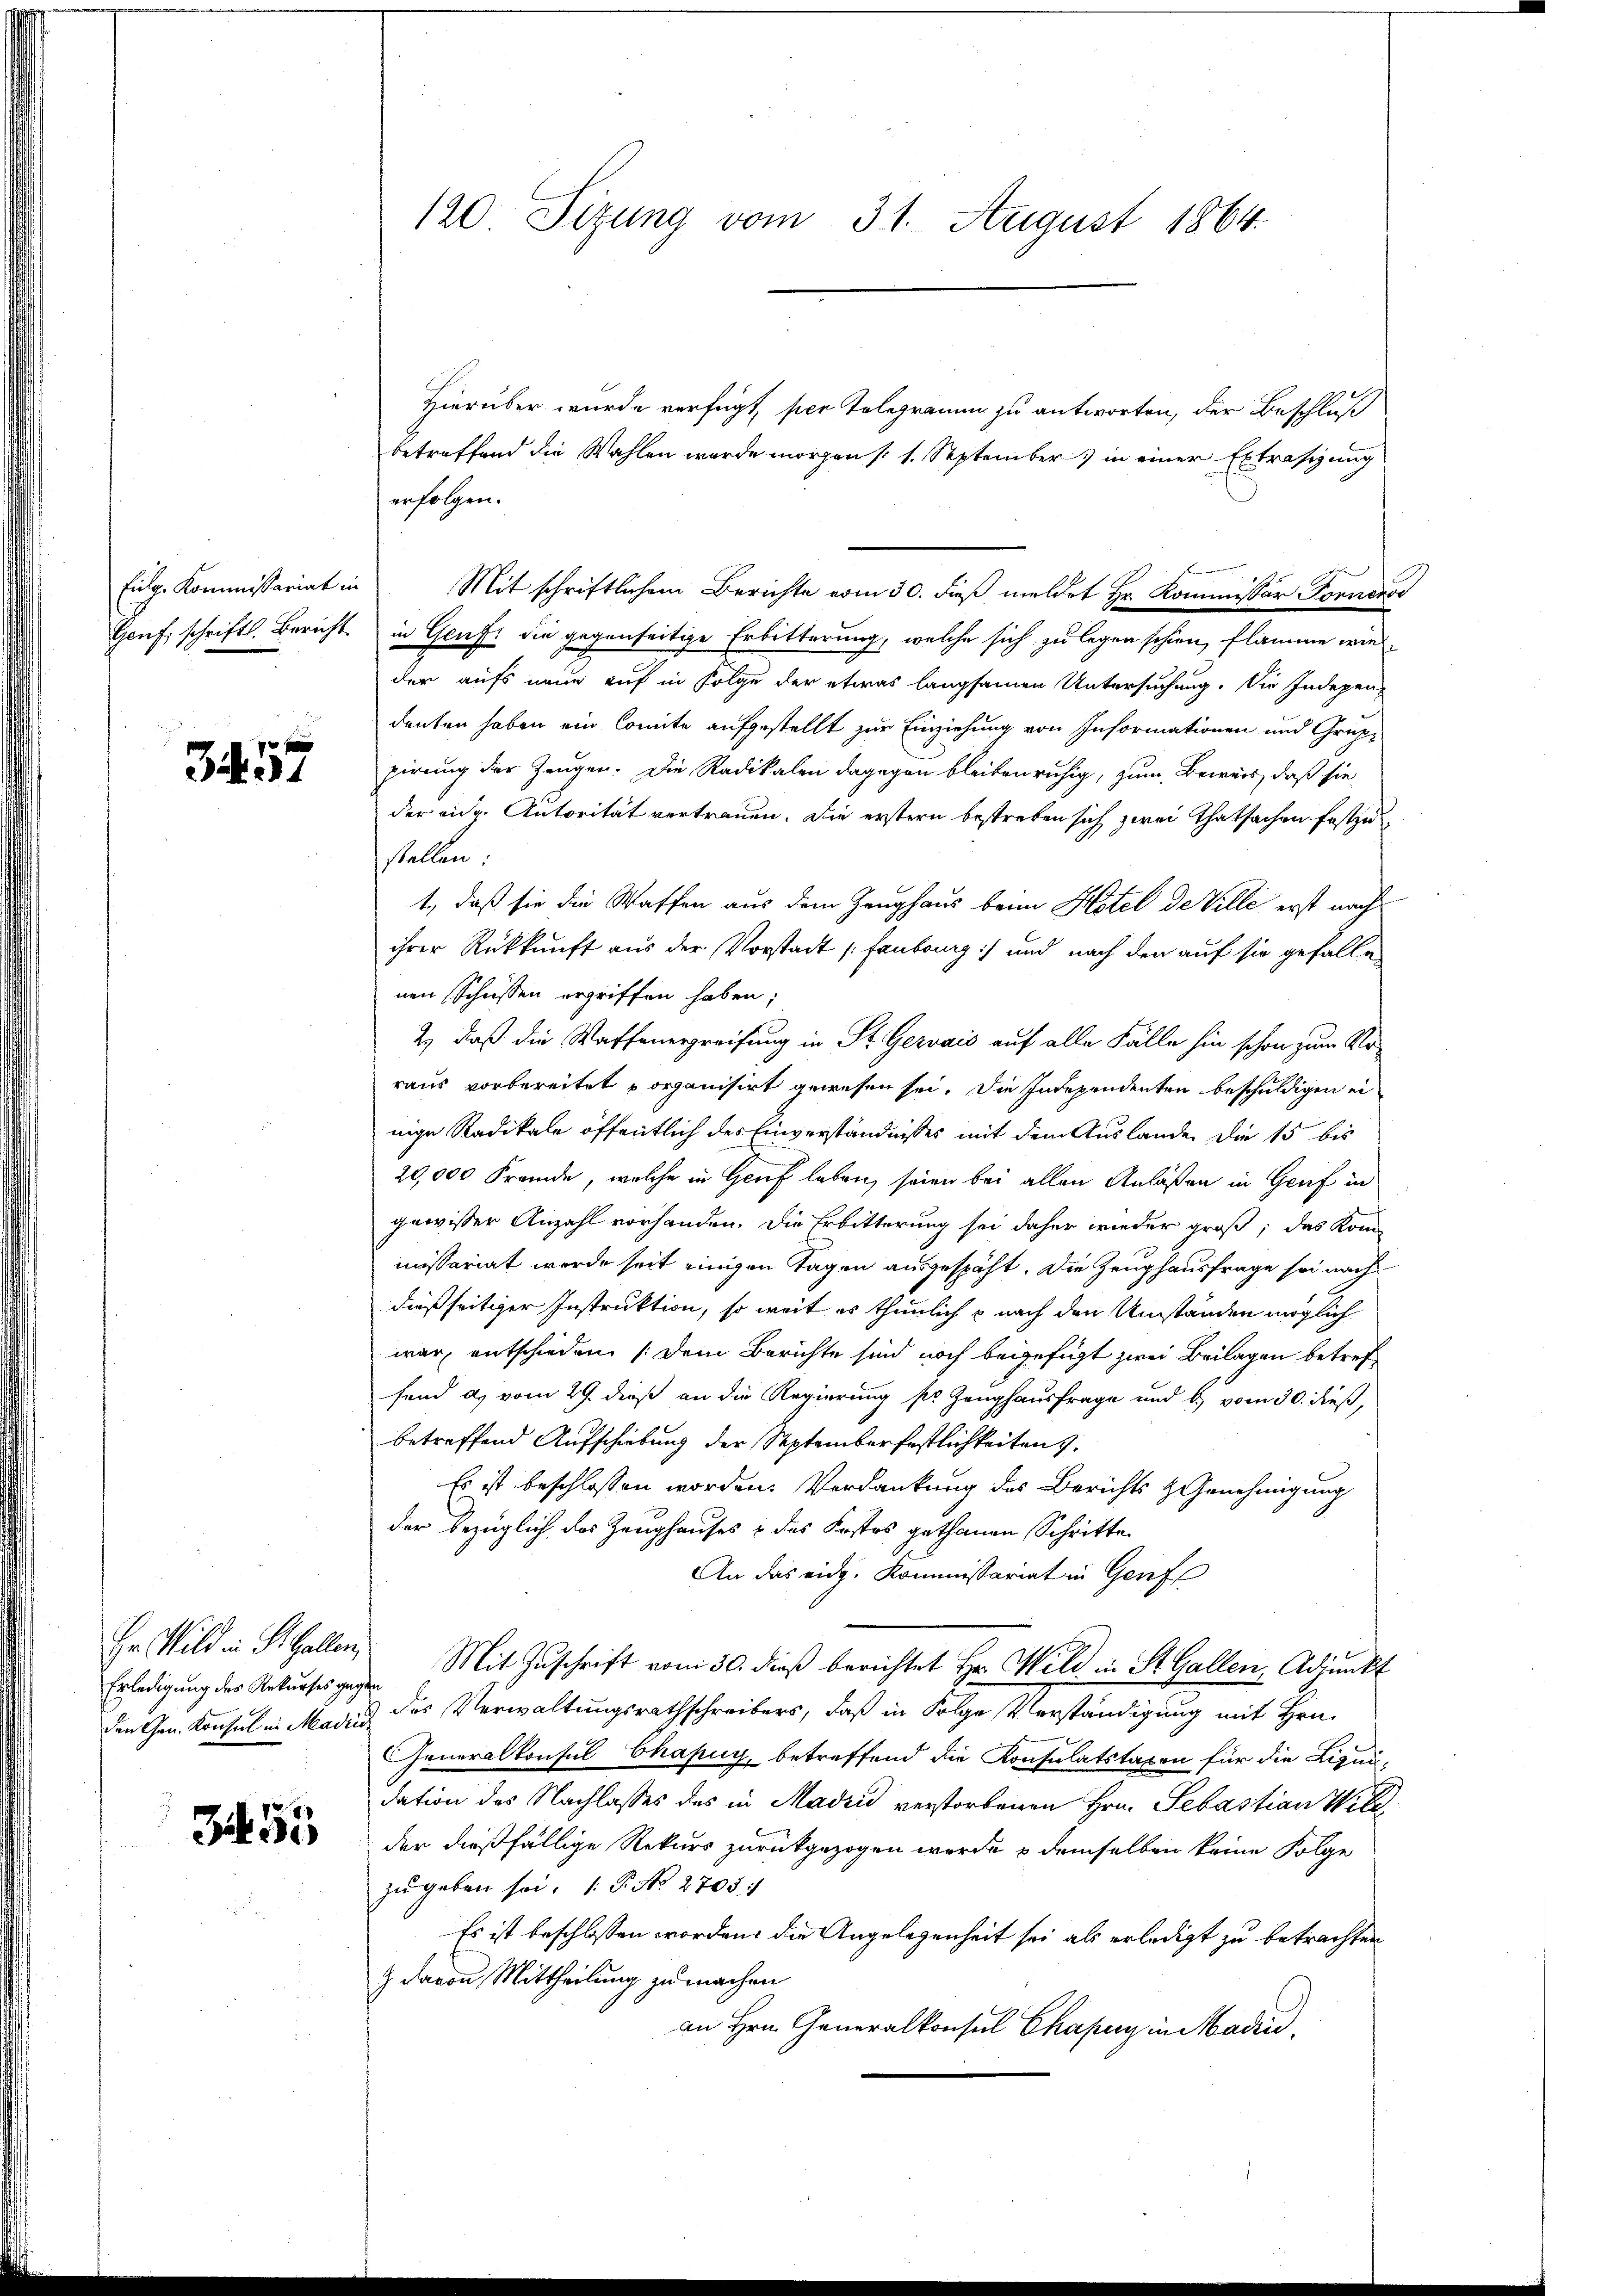
3457

Erledigung des Rekurses gegen

G 55

120. Sizung vom 31. August 1864.

Hierüber wurde verfügt, per Telegramm zu antworten, der Beschluß
betreffend die Wahlen wurde morgen (1. September in einer Extrasizung
erfolgen.
Eidg. Kommissariat in Mit schriftlichem Berichte vom 30. dieß meldet Hr. Kommissär Ferneros
Genf, schriftl. Bericht in Genf die gegenseitige Erbitterung, welche sich zu legen schien, flamme wie
der aufs neue auf in Folge der etwas langsamen Untersuchung. Die Indepen-
denten haben ein Comite aufgestellt zur Einziehung von Informationen und Gruppirung der Zeugen. Die Radikalen dagegen bleiben ruhig, zum Beweis, daß sie
der eidg. Autorität vertrauen. Die erstern bestreben sich zwei Thatsachen festzu
stellen.
1., daß sie die Waffen aus dem Zeughaus beim Hotel de Ville erst nach
ihrer Rückkunft aus der Vorstadt (faubourg) und nach den auf sie gefalle
nen Schüssen ergriffen haben;
2.) daß die Waffenergreifung in St. Gervais auf alle Fälle hin schon zum Noraus vorbereitet porganisirt gewesen sei. Die Independenten beschuldigen einige Radikale öffentlich des Einverständnisses mit dem Auslande die 15 bis
20,000 Fremde, welche in Gruf leben, seien bei allen Anlaßen in Genf in
gewisser Anzahl vorhanden. Die Erbitterung sei daher wieder groß, das Kom
nässariat werde seit einigen Tagen ausgespäht. Die Zeughausfrage sei nach
dießseitiger Instruktion, so weit es thunlich u nach den Umständen möglich
war, entschieden (dem Berichte sind noch beigefügt zwei Beilagen betref
fend a. vom 29. dieß an die Regierung pr. Zeughausfrage und b., vom 30. dieß,
betreffend Aufschiebung der September festlichkeiten.
Es ist beschlossen worden. Verdankung des Berichts & Genehmigung
der bezüglich des Zeughauses & des Kostes gethanen Schritte
An das eidg. Kommissariat in Genf
Hr Wild in St. Gallen Mit Zuschrift vom 30. dieß berichtet Hr. Wild in St. Gallen, Adjunkt
den Gen. Konsul in Marin des Verwaltungsrathschreibers, daß in Folge Verständigung mit Hrn.
Generalkonsul Chapuy, betreffend die Konsulatstaxen für die Liqui-
dation des Nachlasses des in Madrid verstorbenen Hrn. Sebastian Will
der dießfällige Rekurs zurückgezogen werde & demselben keine Folge
zŭ geben sei. P. No 2705/
Es ist beschlossen worden, die Angelegenheit sei als erledigt zu betrachten
z davon Mittheilung zu machen
an Hrn. Generalkonsul Chapuy in Madri